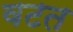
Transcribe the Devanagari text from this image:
वटत